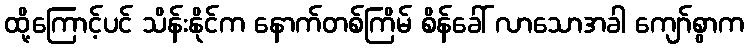
ထို့ကြောင့်ပင် သိန်းနိုင်က နောက်တစ်ကြိမ် စိန်ခေါ် လာသောအခါ ကျော်စွာက